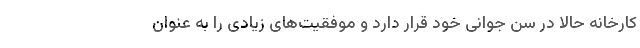
کارخانه حالا در سن جوانی خود قرار دارد و موفقیت‌های زیادی را به عنوان